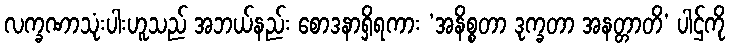
လက္ခဏာသုံးပါးဟူသည် အဘယ်နည်း စောဒနာရှိရကား ‘အနိစ္စတာ ဒုက္ခတာ အနတ္တာတိ’ ပါဌ်ကို